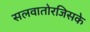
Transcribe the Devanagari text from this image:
सलवातोरजिसके